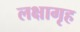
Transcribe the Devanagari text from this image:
लक्षागृह